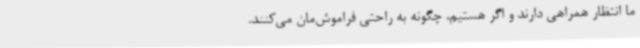
ما انتظار همراهی دارند و اگر هستیم، چگونه به راحتی فراموش‌مان می‌کنند.